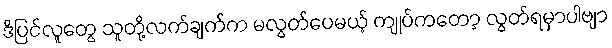
ဒိပြင်လူတွေ သူတို့လက်ချက်က မလွတ်ပေမယ့် ကျုပ်ကတော့ လွတ်ရမှာပါဗျာ